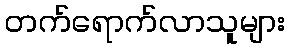
တက်ရောက်လာသူများ